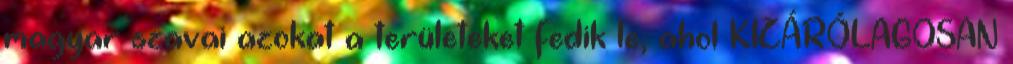
magyar szavai azokat a területeket fedik le, ahol KIZÁRÓLAGOSAN